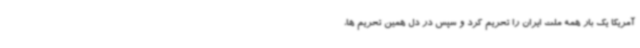
آمریکا یک بار همه ملت ایران را تحریم کرد و سپس در دل همین تحریم ها،